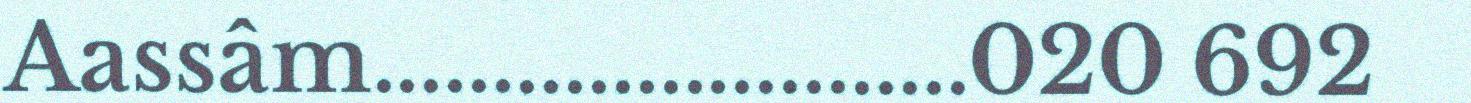
Aassâm.........................020 692